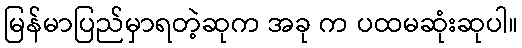
မြန်မာပြည်မှာရတဲ့ဆုက အခု က ပထမဆုံးဆုပါ။